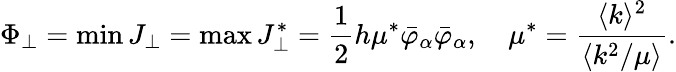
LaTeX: \Phi_{\perp}=\operatorname*{min}J_{\perp}=\operatorname*{max}J_{\perp}^{*}=\frac{1}{2}h\mu^{*}\bar{\varphi}_{\alpha}\bar{\varphi}_{\alpha},\quad\mu^{*}=\frac{\langle k\rangle^{2}}{\langle k^{2}/\mu\rangle}.